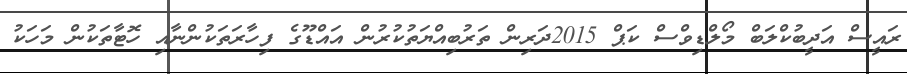
ރައީސް އަދީބުކްލަބް މޯލްޑިވްސް ކަޕް 2015ދަރިން ތަރުބިއްޔަތުކުރުން އައްޑޫގެ ފިހާރަތަކުންނާއި ހޮޓާތަކުން މަހަކު